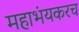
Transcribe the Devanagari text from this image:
महाभंयकरच